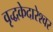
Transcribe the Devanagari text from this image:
वृद्धकेदारेश्वर